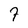
Character: 7